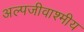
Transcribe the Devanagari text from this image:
अल्पजीवाश्मीय